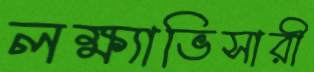
লক্ষ্যাভিসারী